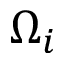
\Omega _ { i }